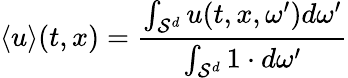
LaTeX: \langle{u}\rangle(t,x)=\frac{\int_{\mathcal{S}^{d}}u(t,x,\omega^{\prime})d\omega^{\prime}}{\int_{\mathcal{S}^{d}}1\cdot d\omega^{\prime}}